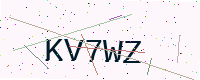
Text: KV7WZ